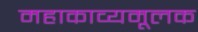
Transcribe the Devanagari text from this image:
महाकाव्यमूलक